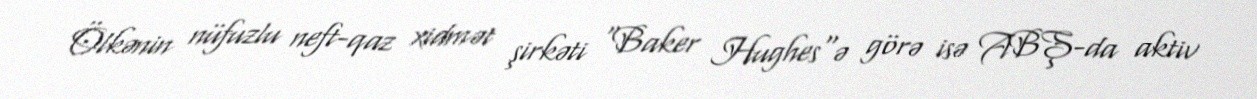
Ölkənin nüfuzlu neft-qaz xidmət şirkəti "Baker Hughes"ə görə isə ABŞ-da aktiv